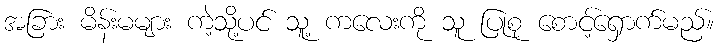
အခြား မိန်းမများ ကဲ့သို့ပင် သူ့ ကလေးကို သူ ပြုစု စောင့်ရှောက်မည်။